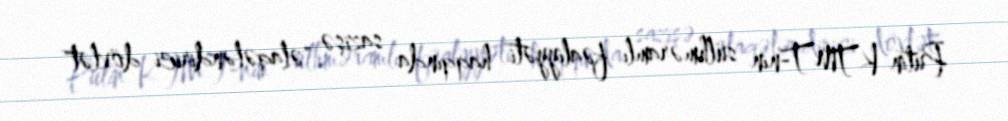
Putin KTMT-nin sülhməramlı fəaliyyəti haqqında sazişə "əlaqələndirici dövlət"